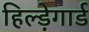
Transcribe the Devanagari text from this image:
हिल्ड़ेगार्ड